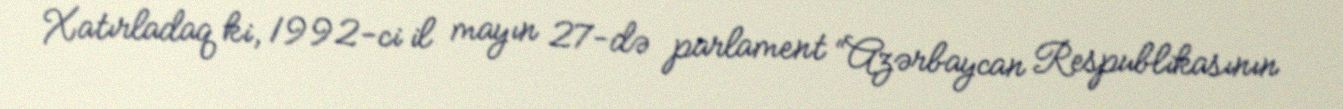
Xatırladaq ki, 1992-ci il mayın 27-də parlament “Azərbaycan Respublikasının